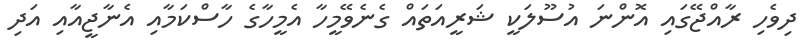
ދިވެހި ރާއްޖޭގައި އޮންނަ އުސޫލަކީ ޝަރީއަތައް ގެނެވޭމީހާ އެމީހާގެ ހާސްކަމާއި އެނާޖީއާއި އަދި